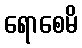
ရောစေမိ